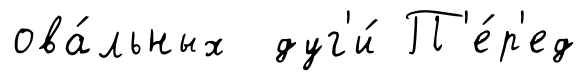
ова́льных дуг'и́ П'е́р'ед